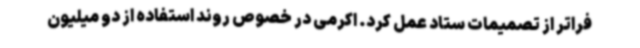
فراتر از تصمیمات ستاد عمل کرد. اکرمی در خصوص روند استفاده از دو میلیون